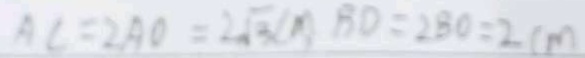
A C = 2 A O = 2 \sqrt { 3 } \angle B D = 2 8 0 ^ { \circ } = 2 c m